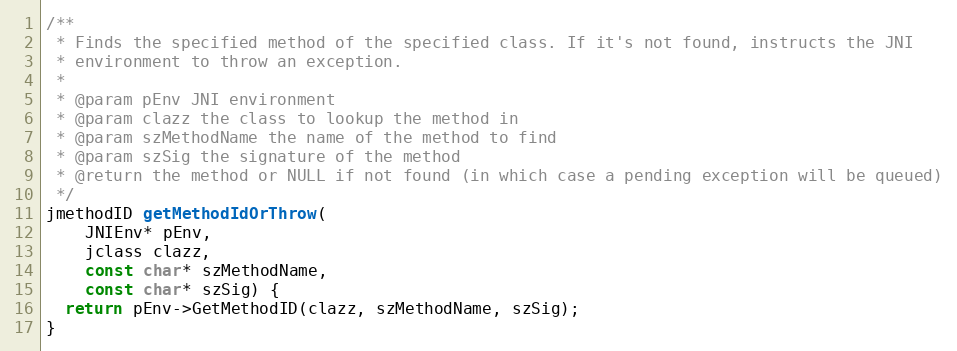
Language: C++
/**
 * Finds the specified method of the specified class. If it's not found, instructs the JNI
 * environment to throw an exception.
 *
 * @param pEnv JNI environment
 * @param clazz the class to lookup the method in
 * @param szMethodName the name of the method to find
 * @param szSig the signature of the method
 * @return the method or NULL if not found (in which case a pending exception will be queued)
 */
jmethodID getMethodIdOrThrow(
    JNIEnv* pEnv,
    jclass clazz,
    const char* szMethodName,
    const char* szSig) {
  return pEnv->GetMethodID(clazz, szMethodName, szSig);
}